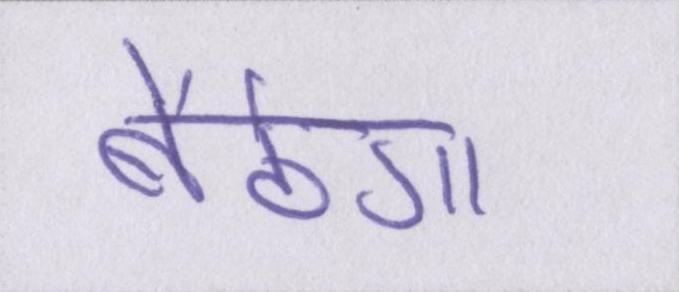
बैठेगा